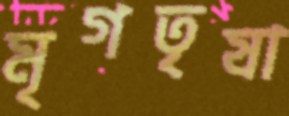
মৃগতৃষা